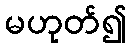
မဟုတ်၍